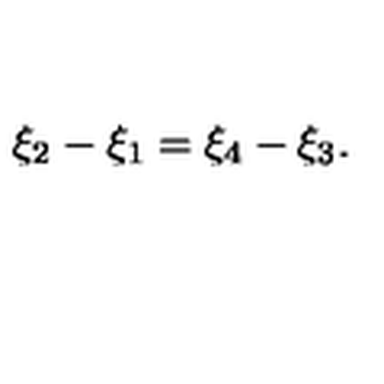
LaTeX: \xi _ { 2 } - \xi _ { 1 } = \xi _ { 4 } - \xi _ { 3 } .